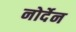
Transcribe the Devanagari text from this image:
नोर्देन